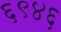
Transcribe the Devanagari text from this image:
६९४६